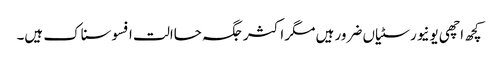
کچھ اچھی یونیورسٹیاں ضرور ہیں مگر اکثر جگہ حاالت افسوسناک ہیں۔